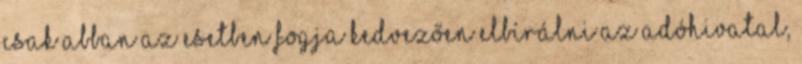
csak abban az esetben fogja kedvezően elbírálni az adóhivatal,